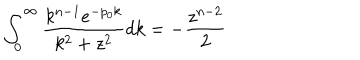
\int _ { 0 } ^ { \infty } \frac { k ^ { n - 1 } e ^ { - p _ { 0 } k } } { k ^ { 2 } + z ^ { 2 } } d k = - \frac { z ^ { n - 2 } } { 2 }